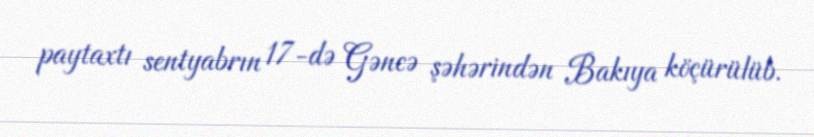
paytaxtı sentyabrın 17-də Gəncə şəhərindən Bakıya köçürülüb.